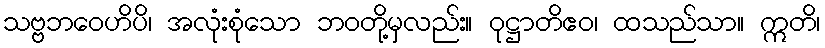
သဗ္ဗဘဝေဟိပိ၊ အလုံးစုံသော ဘဝတို့မှလည်း။ ဝုဋ္ဌာတိဧဝ၊ ထသည်သာ။ ဣတိ၊